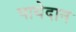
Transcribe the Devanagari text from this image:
पायेदान